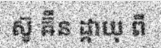
ស៊ូ ឝ៊ីន ដ្កាយុ ពី